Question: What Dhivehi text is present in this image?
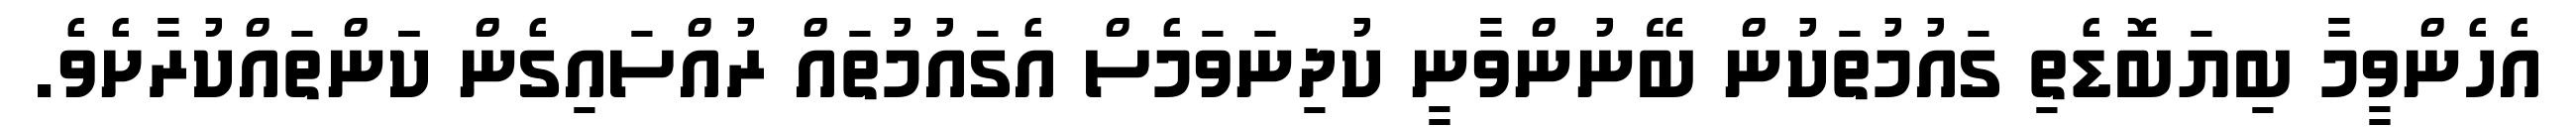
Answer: އެހެންވީމާ ބިޔަބޮޑެތި ގައުމުތަކުން ބޭނުންވާނީ ކުދިނަވަމެސް އެގައުމުތައް ރުއްސައިގެން ކަަންތައްކުރާށެވެ.